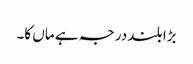
بڑا بلند درجہ ہے ماں کا۔